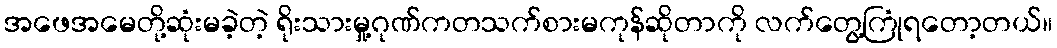
အဖေအမေတို့ဆုံးမခဲ့တဲ့ ရိုးသားမှု့ဂုဏ်ကတသက်စားမကုန်ဆိုတာကို လက်တွေ့ကြုံရတော့တယ်။